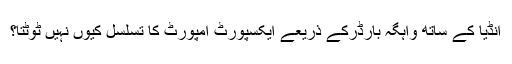
انڈیا کے ساتھ واہگہ بارڈرکے ذریعے ایکسپورٹ امپورٹ کا تسلسل کیوں نہیں ٹوٹتا؟